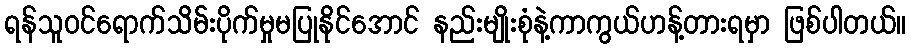
ရန်သူဝင်ရောက်သိမ်းပိုက်မှုမပြုနိုင်အောင် နည်းမျိုးစုံနဲ့ကာကွယ်ဟန့်တားရမှာ ဖြစ်ပါတယ်။